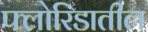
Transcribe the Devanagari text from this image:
फ्लोरिडातील